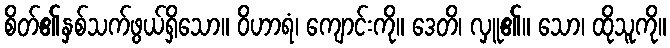
စိတ်၏နှစ်သက်ဖွယ်ရှိသော။ ဝိဟာရံ၊ ကျောင်းကို။ ဒေတိ၊ လှူ၏။ သော၊ ထိုသူကို။